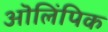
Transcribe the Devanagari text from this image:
ऒलिंपिक